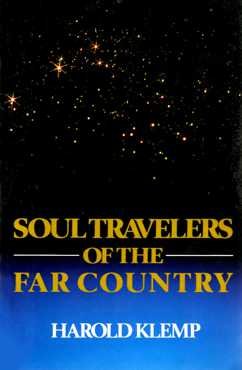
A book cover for Soul Travelers of the Far Country; Harold Klemp; Religion & Spirituality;